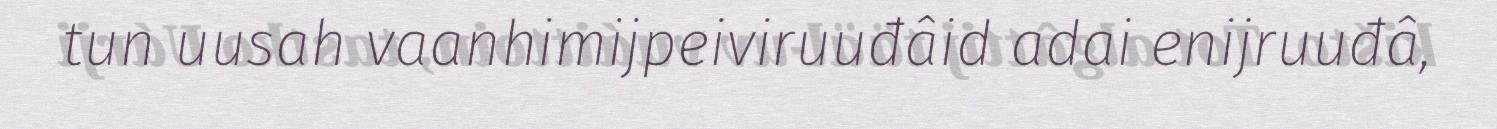
tun uusah vaanhimijpeiviruuđâid adai enijruuđâ,